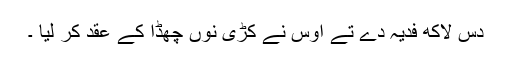
دس لاکھ فدیہ دے تے اوس نے کڑی نوں چھڈا کے عقد کر لیا ۔